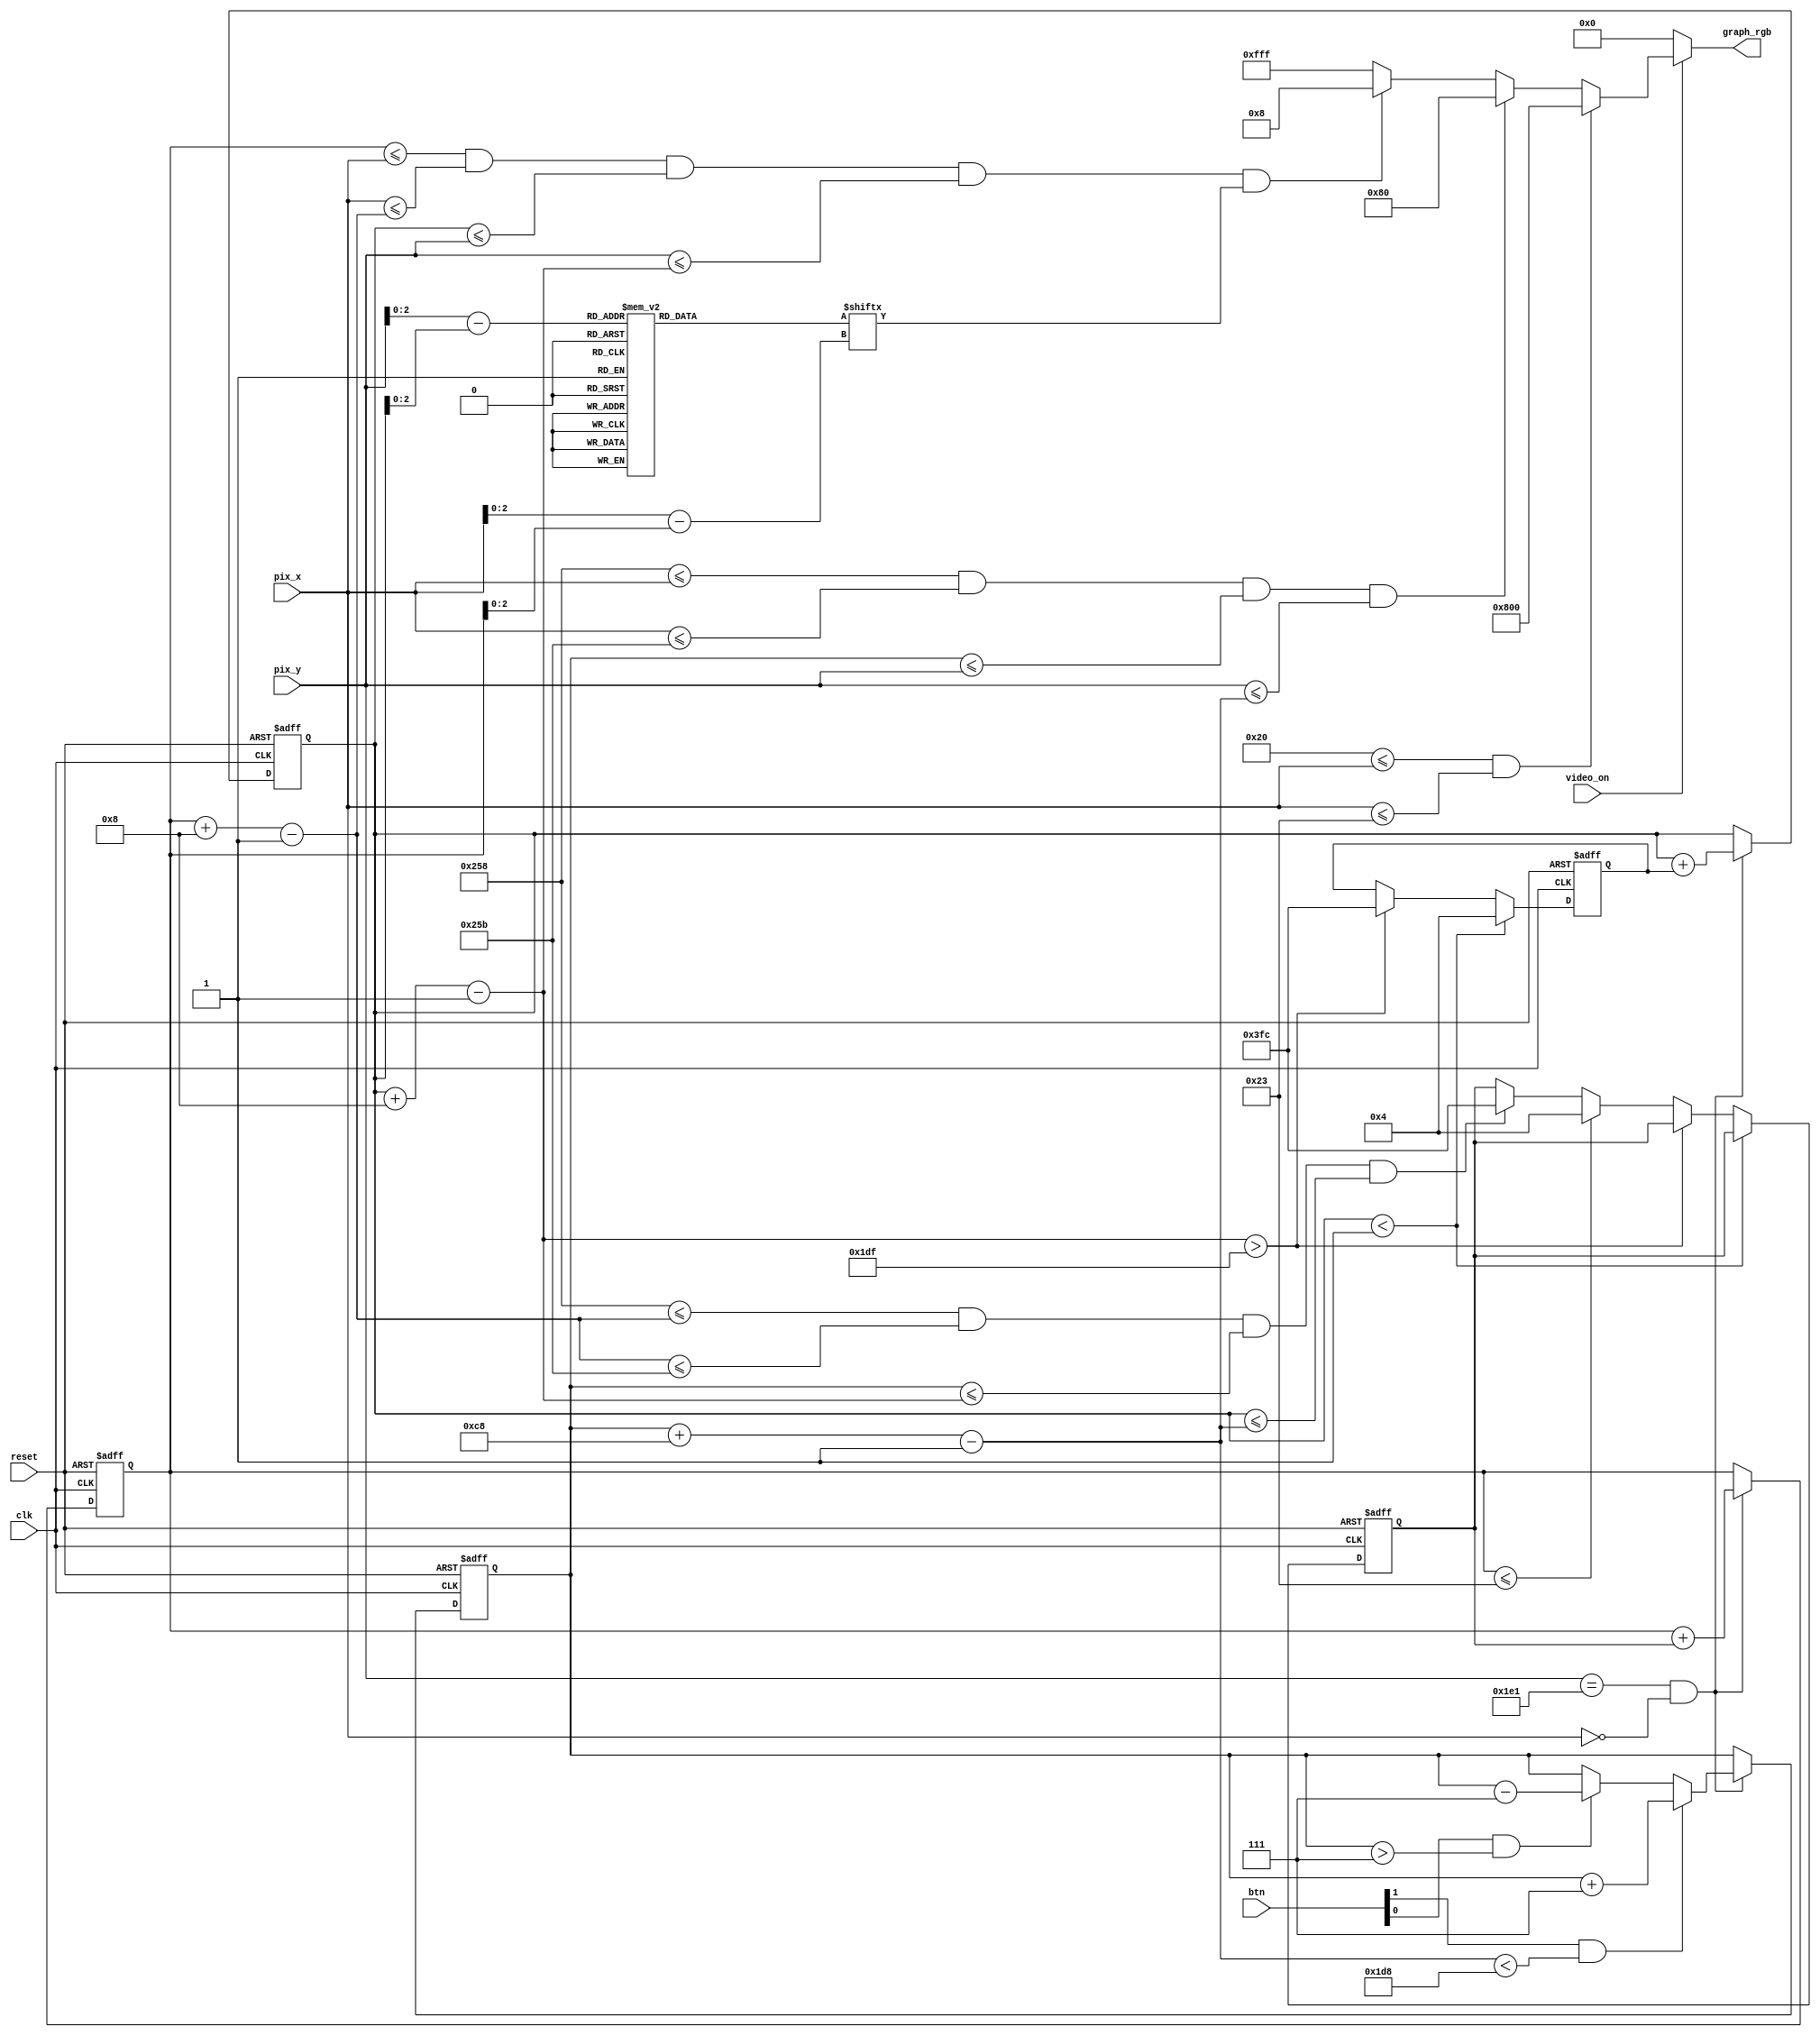
//****************************************************************// 
//  Class: CECS 361 						                          		//
//																						//				
//  Abstract:  Pixel generator specify parameters and colors of 	//
//					elements on monitor and it's functions					//
//																	               //
//  Created by       <Alina Suon> on <11-29-18>.                  // 
//  Copyright  2018 <Alina Suon>. All rights reserved.           // 
//                                                                //                                                                              // 
//  In submitting this file for class work at CSULB               // 
//  I am confirming that this is my work and the work             // 
//  of no one else. In submitting this code I acknowledge that    // 
//  plagiarism in student project work is subject to dismissal.   //  
//  from the class                                                // 
//****************************************************************//
`timescale 1ns / 1ps
module pixel_gen2(clk, reset, video_on, btn, pix_x, pix_y, graph_rgb);
   
   // Inputs
   input wire clk, reset, video_on;
   input wire [1:0] btn;
   input wire [9:0] pix_x, pix_y;
   
   // Output
   output reg [11:0] graph_rgb;
   
   // Wires
   wire refr_tick;
   wire [9:0] bar_y_t, bar_y_b;
   wire [9:0] ball_x_l, ball_x_r;
   wire [9:0] ball_y_t, ball_y_b;
   wire [9:0] ball_x_next, ball_y_next;
   wire [2:0] rom_addr, rom_col;
   wire       rom_bit;
   wire       wall_on,  bar_on , sq_ball_on, rd_ball_on;
   wire [11:0] wall_rgb, bar_rgb,  ball_rgb;
   
   // Regs
   reg [9:0] ball_x_reg, ball_y_reg, bar_y_reg, bar_y_next;
   reg [9:0] x_delta_reg, x_delta_next;
   reg [9:0] y_delta_reg, y_delta_next;
   reg [7:0] rom_data;
   
   // Localparams
   localparam MAX_X = 640;
   localparam MAX_Y = 480;
   localparam WALL_X_L = 32;
   localparam WALL_X_R = 35;
   localparam BAR_X_L = 600;
   localparam BAR_X_R = 603;
   localparam BAR_Y_SIZE = 200;
   localparam BAR_V = 7;
   localparam BALL_SIZE = 8;
   localparam BALL_V_P = 3.5;
   localparam BALL_V_N = -3.5;
   
   // 
  
   
   // Round Ball Image
   always @ (*)
      case(rom_addr)
         3'h0: rom_data = 8'b00111100; // ****
         3'h1: rom_data = 8'b01111110; // *****
         3'h2: rom_data = 8'b11111111; // 
         3'h3: rom_data = 8'b11111111; // 
         3'h4: rom_data = 8'b11111111; //
         3'h5: rom_data = 8'b11111111; //
         3'h6: rom_data = 8'b01111110; //
         3'h7: rom_data = 8'b00111100; //
      endcase
   
    // Registers
    always @ (posedge clk, posedge reset)
      if(reset)
         begin
            bar_y_reg <= 0;
            ball_x_reg <= 0;
            ball_y_reg <= 0;
            x_delta_reg <= 10'h004;
            y_delta_reg <= 10'h004;
            
         end
      else
         begin
           bar_y_reg <= bar_y_next;
            ball_x_reg <= ball_x_next;
            ball_y_reg <= ball_y_next;
            x_delta_reg <= x_delta_next ;
            y_delta_reg <= y_delta_next ;
         end   
   
   
   assign refr_tick = (pix_y == 481) && (pix_x == 0);
   assign wall_on = (WALL_X_L <= pix_x) && (pix_x <= WALL_X_R);
   assign wall_rgb = 12'h800; 
   assign bar_y_t = bar_y_reg;
   assign bar_y_b = bar_y_t + BAR_Y_SIZE - 1;
   assign bar_on = (BAR_X_L <= pix_x) && (pix_x <= BAR_X_R) &&
                   (bar_y_t <= pix_y) && (pix_y <= bar_y_b);  
  
   assign bar_rgb = 12'h080;  
   
   // New Bar y-position
   always @ (*)
      begin
         bar_y_next = bar_y_reg;
            if (refr_tick)
               if(btn[1] & (bar_y_b < (MAX_Y - 1 -BAR_V)))
                  bar_y_next = bar_y_reg + BAR_V;
                  
            else if (btn[0] & (bar_y_t > BAR_V))
                  bar_y_next = bar_y_reg - BAR_V;
      end
   
   
   
   assign ball_x_l = ball_x_reg;
   assign ball_y_t = ball_y_reg;
   assign ball_x_r = ball_x_l + BALL_SIZE - 1;
   assign ball_y_b = ball_y_t + BALL_SIZE - 1;
   
   assign sq_ball_on = (ball_x_l <= pix_x) && (pix_x <= ball_x_r) &&
                       (ball_y_t <= pix_y) && (pix_y <= ball_y_b);
   
   assign rom_addr = pix_y[2:0] - ball_y_t[2:0];
   assign rom_col = pix_x[2:0] - ball_x_l[2:0];
   assign rom_bit = rom_data[rom_col];
   
   assign rd_ball_on =  sq_ball_on & rom_bit;
   assign ball_rgb = 12'h008; 
   assign ball_x_next = (refr_tick) ? ball_x_reg + x_delta_reg:
                                      ball_x_reg;
   assign ball_y_next = (refr_tick) ? ball_y_reg + y_delta_reg:
                                      ball_y_reg;
                                      
   // New Ball Velocity 
   always @ (*)
      begin
         x_delta_next = x_delta_reg;
         y_delta_next = y_delta_reg;
         if (ball_y_t < 1)
            y_delta_next = BALL_V_P;
            
         else if (ball_y_b > (MAX_Y-1))
            y_delta_next = BALL_V_N;
            
         else if (ball_x_l <= WALL_X_R)
            x_delta_next = BALL_V_P;
            
         else if ((BAR_X_L <= ball_x_r) && (ball_x_r <= BAR_X_R) &&
                  (bar_y_t <= ball_y_b) && (ball_y_t <= bar_y_b))
            x_delta_next = BALL_V_N;
      end
      
      
    always @ (*)
      if (~video_on)
         graph_rgb = 12'h000; 
      else
         if(wall_on)
            graph_rgb = wall_rgb;
         else if (bar_on)
            graph_rgb = bar_rgb;
         else if (rd_ball_on)
            graph_rgb = ball_rgb;
         else
            graph_rgb = 12'hFFF; 
     
endmodule